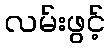
လမ်းဖွင့်